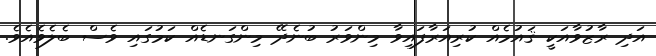
އަދި ރާޒުވާއަކީ ޤައުމެއް ކުރިއަރާފައިވާ މިންވަރު ބުނެދޭ މިންގަނޑެއް ކަމުގައި ވެސް ބެލެވެއެވެ.